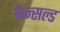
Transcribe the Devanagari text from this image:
कैन्सल्ड